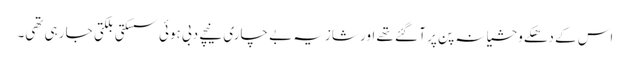
اس کے دھکے وحشیانہ پن پر آ گئے تھے اور شازیہ بے چاری نیچے دبی ہوئی سسکتی بلکتی جا رہی تھی۔